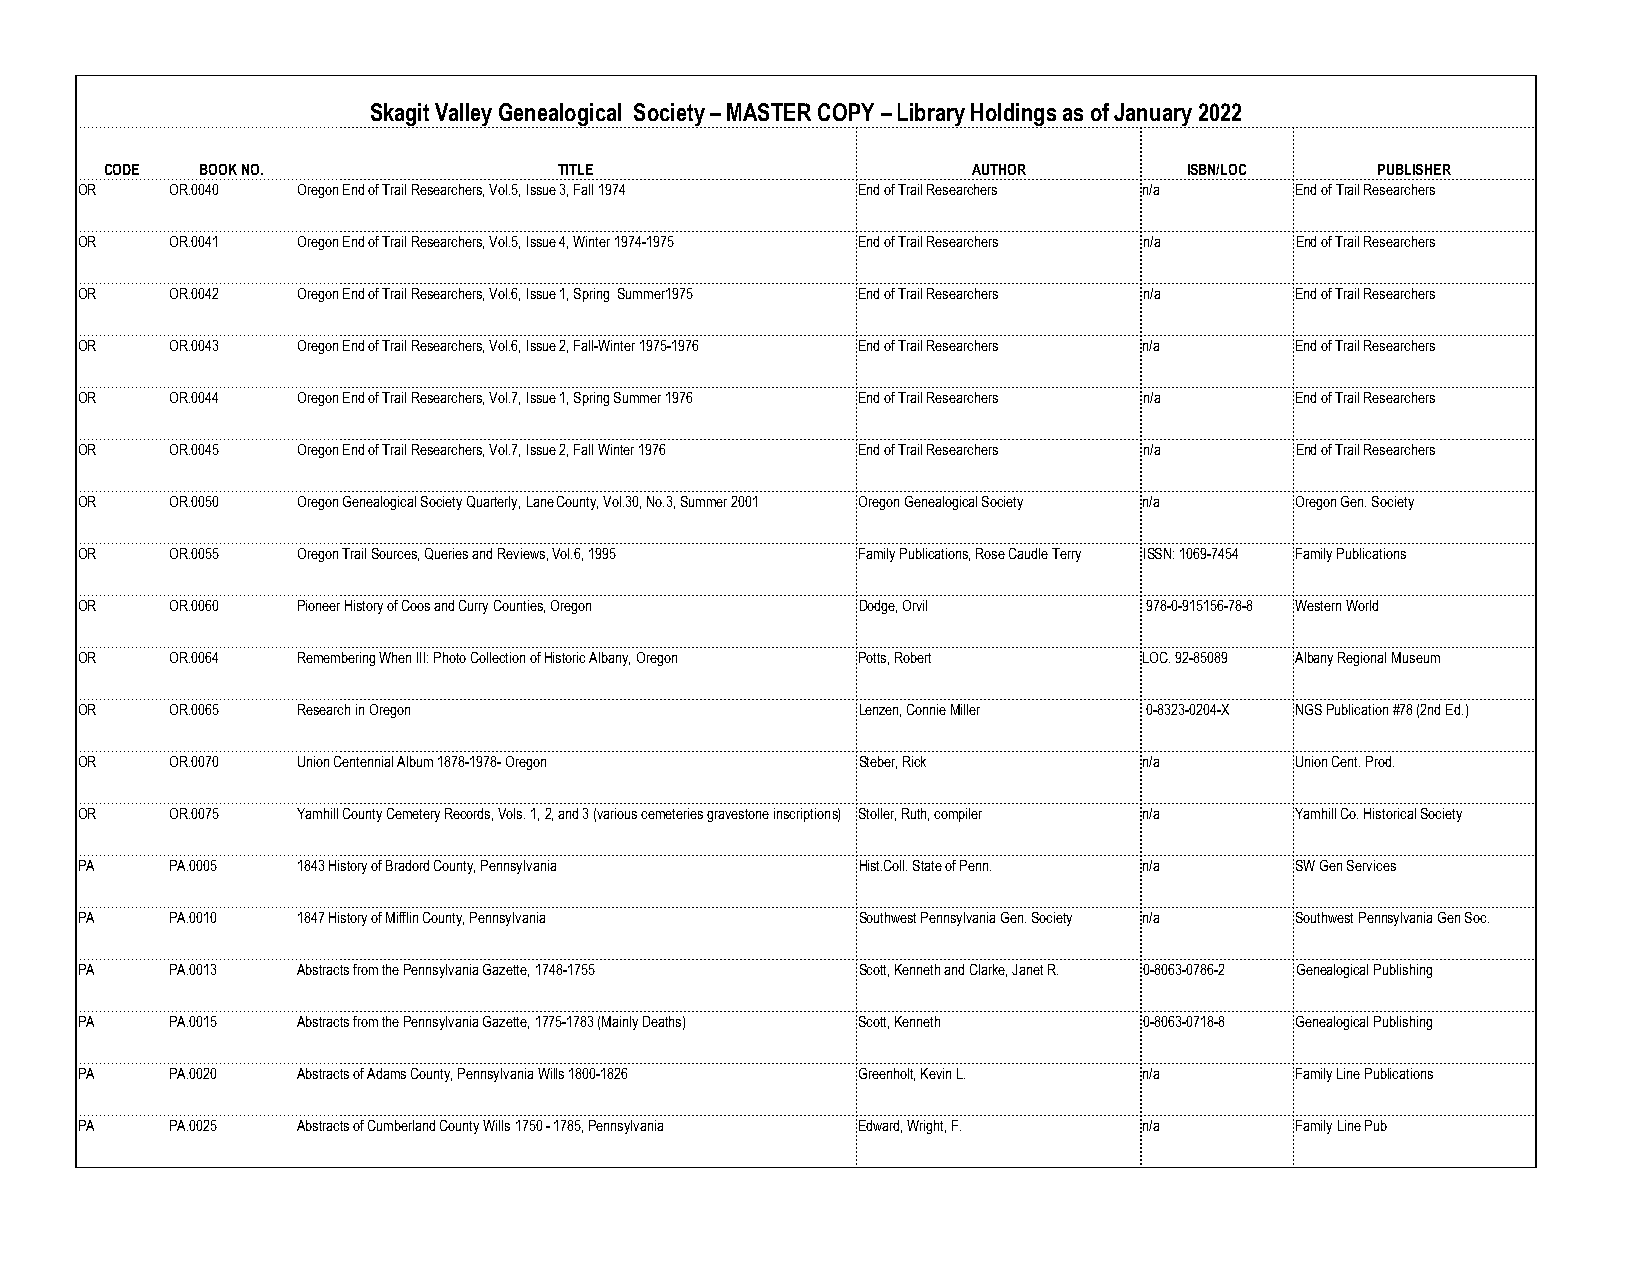
Skagit Valley Genealogical Society – MASTER COPY – Library Holdings as of January 2022
 CODE  BOOK NO.                TITLE                      AUTHOR         ISBN/LOC    PUBLISHER
 OR    OR.0040  Oregon End of Trail Researchers, Vol.5, Issue 3, Fall 1974 End of Trail Researchers n/a End of Trail Researchers
 OR    OR.0041  Oregon End of Trail Researchers, Vol.5, Issue 4, Winter 1974-1975 End of Trail Researchers n/a End of Trail Researchers
 OR    OR.0042  Oregon End of Trail Researchers, Vol.6, Issue 1, Spring Summer1975 End of Trail Researchers n/a End of Trail Researchers
 OR    OR.0043  Oregon End of Trail Researchers, Vol.6, Issue 2, Fall-Winter 1975-1976 End of Trail Researchers n/a End of Trail Researchers
 OR    OR.0044  Oregon End of Trail Researchers, Vol.7, Issue 1, Spring Summer 1976 End of Trail Researchers n/a End of Trail Researchers
 OR    OR.0045  Oregon End of Trail Researchers, Vol.7, Issue 2, Fall Winter 1976 End of Trail Researchers n/a End of Trail Researchers
 OR    OR.0050  Oregon Genealogical Society Quarterly, Lane County, Vol.30, No.3, Summer 2001 Oregon Genealogical Society n/a Oregon Gen. Society
 OR    OR.0055  Oregon Trail Sources, Queries and Reviews, Vol.6, 1995 Family Publications, Rose Caudle Terry ISSN: 1069-7454 Family Publications
 OR    OR.0060  Pioneer History of Coos and Curry Counties, Oregon Dodge, Orvil 978-0-915156-78-8 Western World
 OR    OR.0064  Remembering When III: Photo Collection of Historic Albany, Oregon Potts, Robert LOC. 92-85089 Albany Regional Museum
 OR    OR.0065  Research in Oregon                   Lenzen, Connie Miller 0-8323-0204-X NGS Publication #78 (2nd Ed.)
 OR    OR.0070  Union Centennial Album 1878-1978- Oregon Steber, Rick   n/a       Union Cent. Prod.
 OR    OR.0075  Yamhill County Cemetery Records, Vols. 1, 2, and 3 (various cemeteries gravestone inscriptions) Stoller, Ruth, compiler n/a Yamhill Co. Historical Society
 PA    PA.0005  1843 History of Bradord County, Pennsylvania Hist.Coll. State of Penn. n/a SW Gen Services
 PA    PA.0010  1847 History of Mifflin County, Pennsylvania Southwest Pennsylvania Gen. Society n/a Southwest Pennsylvania Gen Soc.
 PA    PA.0013  Abstracts from the Pennsylvania Gazette, 1748-1755 Scott, Kenneth and Clarke, Janet R. 0-8063-0786-2 Genealogical Publishing
 PA    PA.0015  Abstracts from the Pennsylvania Gazette, 1775-1783 (Mainly Deaths) Scott, Kenneth 0-8063-0718-8 Genealogical Publishing
 PA    PA.0020  Abstracts of Adams County, Pennsylvania Wills 1800-1826 Greenholt, Kevin L. n/a Family Line Publications
 PA    PA.0025  Abstracts of Cumberland County Wills 1750 - 1785, Pennsylvania Edward, Wright, F. n/a Family Line Pub